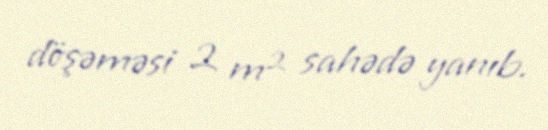
döşəməsi 2 m² sahədə yanıb.